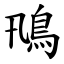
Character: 鳵